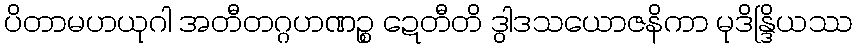
ပိတာမဟယုဂါ အတီတဂ္ဂဟဏဉ္စ ဍေတီတိ ဒွါဒသယောဇနိကာ မုဒိန္ဒြိယဿ